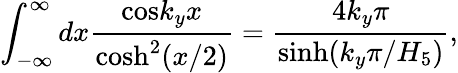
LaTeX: \int_{-\infty}^{\infty}dx{\frac{\mathrm{cos}{k_{y}x}}{\mathrm{cosh}^{2}(x/2)}}={\frac{4k_{y}\pi}{\mathrm{sinh}(k_{y}\pi/H_{5})}},